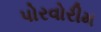
પોરવોરીમ